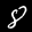
Label: 8